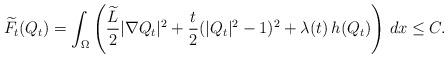
LaTeX: \begin{align*}\widetilde F_{t} (Q_{t}) =\int_\Omega \left(\frac{\widetilde L}{2}|\nabla Q_t|^2 + \frac {t}{2} (| Q_{t}|^2 - 1)^2 + \lambda(t)\, h( Q_{t}) \right)\, dx\leq C.\end{align*}